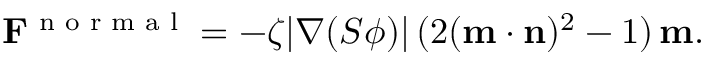
\mathbf { F } ^ { \footnotesize { \mathrm { ~ n ~ o ~ r ~ m ~ a ~ l ~ } } } = - \zeta | \nabla ( S \phi ) | \, ( 2 ( \mathbf { m \cdot n } ) ^ { 2 } - 1 ) \, \mathbf { m } .